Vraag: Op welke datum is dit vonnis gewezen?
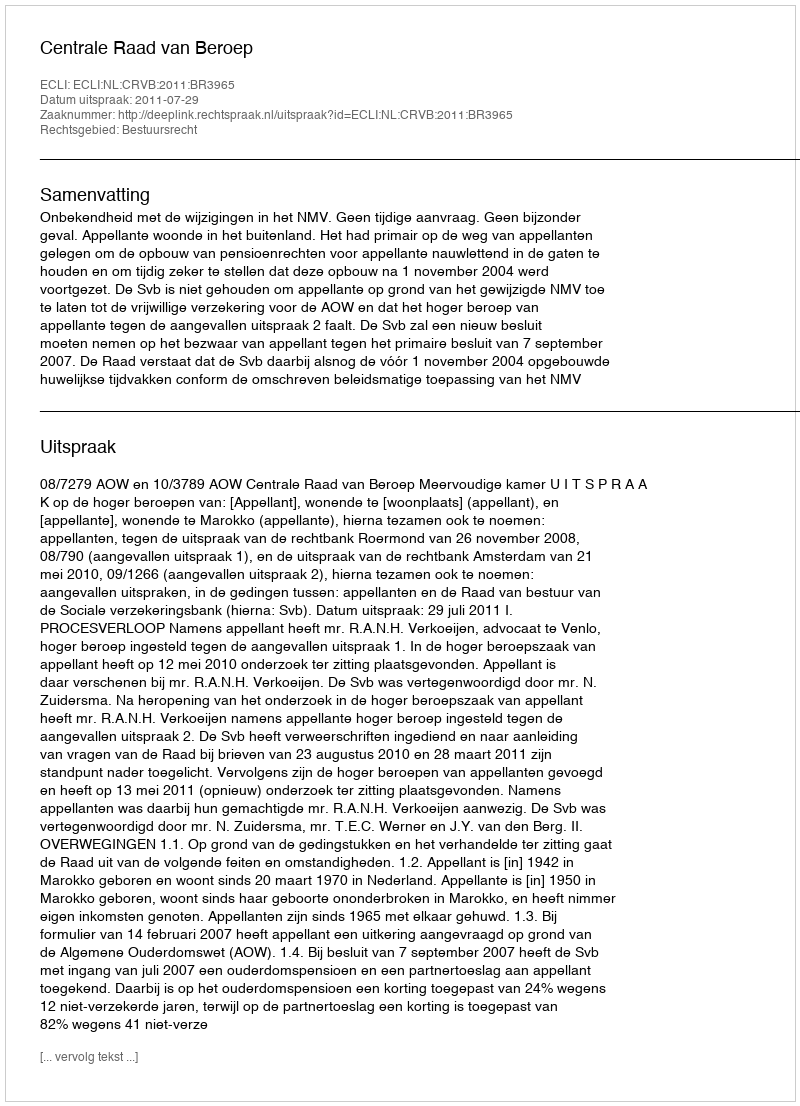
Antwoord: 2011-07-29